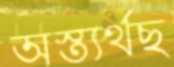
অস্ত্যর্থছ